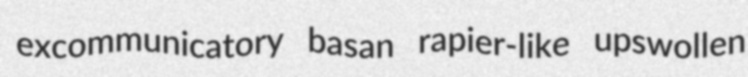
excommunicatory basan rapier-like upswollen